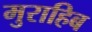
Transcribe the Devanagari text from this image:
मुराहिब